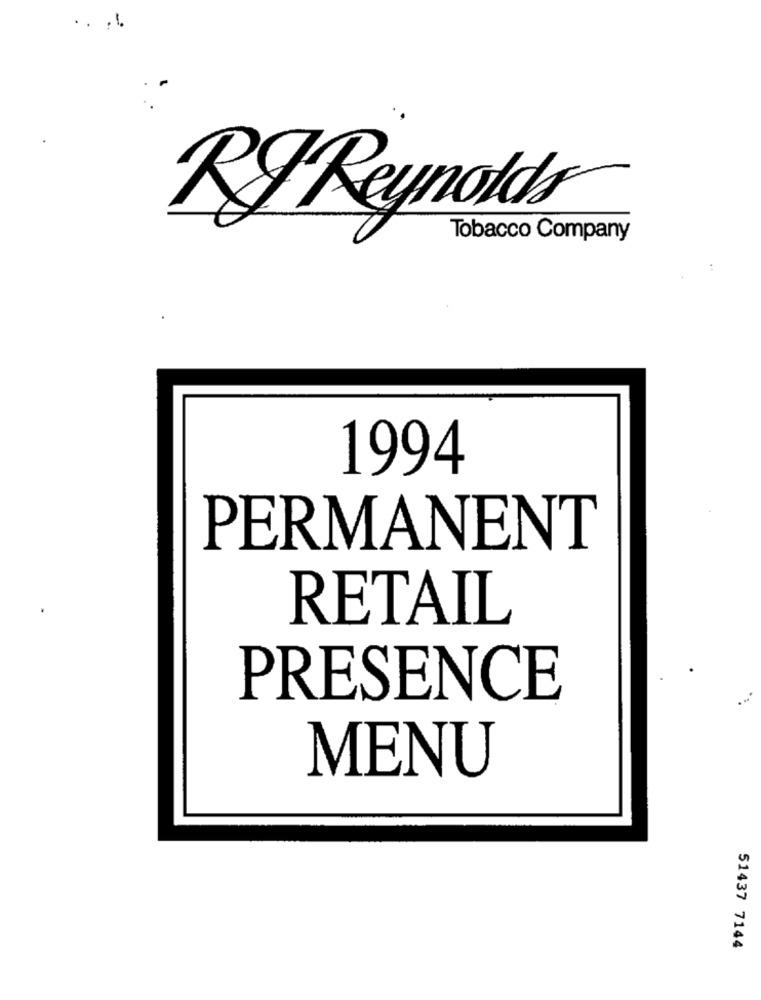
.. ...
RJ Reynolds
Tobacco Company
1994
PERMANENT
RETAIL
PRESENCE
MENU
51437 7144